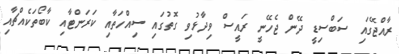
ރާއްޖޭގައި ސަބްސިޑީ ދޭން ޖެހޭނީ ރައީސް ވިދާޅުވި ގޮތުގައި ސިއްހަތާއި ކަރަންޓާއި ކާބޯތަކެއްޗާއި